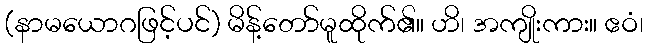
(နာမယောဂဖြင့်ပင်) မိန့်တော်မူထိုက်၏။ ဟိ၊ အကျိုးကား။ ဧဝံ၊